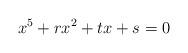
LaTeX: \begin{align*}x^5+rx^2+tx+s=0\end{align*}